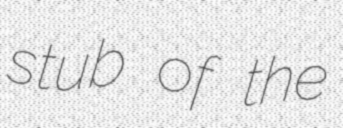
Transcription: stub of the